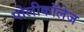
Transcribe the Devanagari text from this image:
पोलीकॉलेज